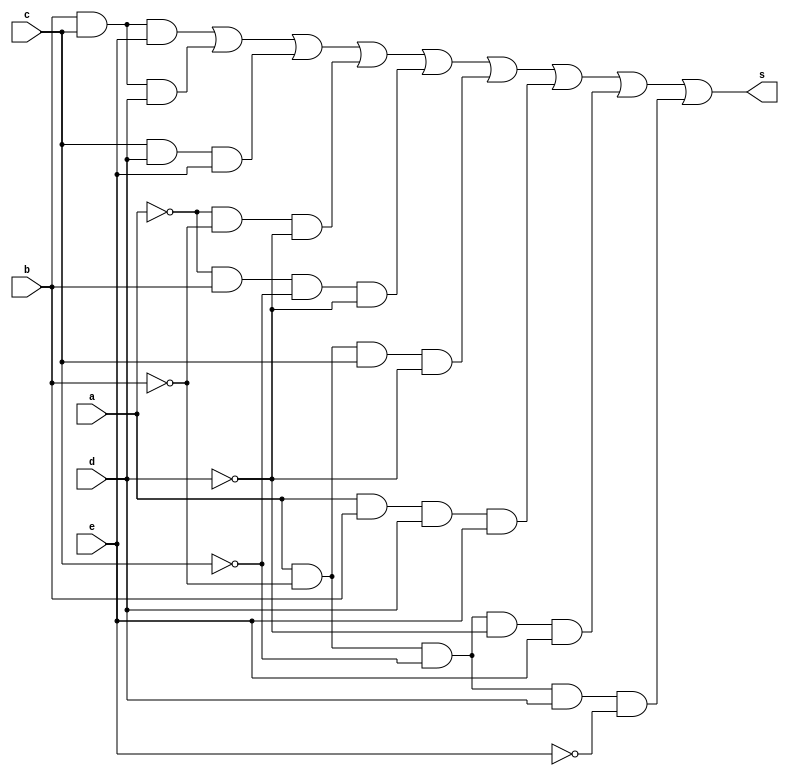
//Henrique Carvalho Parreira
//347133

module exercicio03 (s, a, b, c, d, e);

input a, b, c, d, e;
output s;

and AND1 (s1, b, c, e);
and AND2 (s2, b, c, d);
and AND3 (s3, c, d, e);
and AND4 (s4, ~a, ~b, ~d);
and AND5 (s5, ~a, b, ~c, ~d);
and AND6 (s6, a, ~b, c, ~d);
and AND7 (s7, a, b, d, e);
and AND8 (s8, a, ~b, ~c, ~d, e);
and AND9 (s9, a, ~b, ~c, d, ~e);
or OR1 (s, s1, s2, s3, s4, s5, s6, s7, s8, s9);

endmodule // end module


module testexercicio03;

reg a, b, c, d, e;
wire s;

exercicio03 EX3 (s, a, b, c, d, e);


initial begin

 $display("Henrique Carvalho Parreira - 347133");
      $display("Guia 08 Ex:03\n");

$display ("a b c d e = s\n");

#1 a=0; b=0; c=0; d=0; e=0;

$monitor ("%b %b %b %b %b = %b",a, b, c, d, e, s);


#1 a=0; b=0; c=0; d=0; e=1;
#1 a=0; b=0; c=0; d=1; e=0;
#1 a=0; b=0; c=0; d=1; e=1;
#1 a=0; b=0; c=1; d=0; e=0;
#1 a=0; b=0; c=1; d=0; e=1;
#1 a=0; b=0; c=1; d=1; e=0;
#1 a=0; b=0; c=1; d=1; e=1;
#1 a=0; b=1; c=0; d=0; e=0;
#1 a=0; b=1; c=0; d=0; e=1;
#1 a=0; b=1; c=0; d=1; e=0;
#1 a=0; b=1; c=0; d=1; e=1;
#1 a=0; b=1; c=1; d=0; e=0;
#1 a=0; b=1; c=1; d=0; e=1;
#1 a=0; b=1; c=1; d=1; e=0;
#1 a=0; b=1; c=1; d=1; e=1;
#1 a=1; b=0; c=0; d=0; e=0;
#1 a=1; b=0; c=0; d=0; e=1;
#1 a=1; b=0; c=0; d=1; e=0;
#1 a=1; b=0; c=0; d=1; e=1;
#1 a=1; b=0; c=1; d=0; e=0;
#1 a=1; b=0; c=1; d=0; e=1;
#1 a=1; b=0; c=1; d=1; e=0;
#1 a=1; b=0; c=1; d=1; e=1;
#1 a=1; b=1; c=0; d=0; e=0;
#1 a=1; b=1; c=0; d=0; e=1;
#1 a=1; b=1; c=0; d=1; e=0;
#1 a=1; b=1; c=0; d=1; e=1;
#1 a=1; b=1; c=1; d=0; e=0;
#1 a=1; b=1; c=1; d=0; e=1;
#1 a=1; b=1; c=1; d=1; e=0;
#1 a=1; b=1; c=1; d=1; e=1;




end
endmodule // end module

/*

		Henrique Carvalho Parreira
		347133

    
    a b c d e = s
    
    0 0 0 0 0 = 1
    0 0 0 0 1 = 1
    0 0 0 1 0 = 0
    0 0 0 1 1 = 0
    0 0 1 0 0 = 1
    0 0 1 0 1 = 1
    0 0 1 1 0 = 0
    0 0 1 1 1 = 1
    0 1 0 0 0 = 1
    0 1 0 0 1 = 1
    0 1 0 1 0 = 0
    0 1 0 1 1 = 0
    0 1 1 0 0 = 0
    0 1 1 0 1 = 1
    0 1 1 1 0 = 1
    0 1 1 1 1 = 1
    1 0 0 0 0 = 0
    1 0 0 0 1 = 1
    1 0 0 1 0 = 1
    1 0 0 1 1 = 0
    1 0 1 0 0 = 1
    1 0 1 0 1 = 1
    1 0 1 1 0 = 0
    1 0 1 1 1 = 1
    1 1 0 0 0 = 0
    1 1 0 0 1 = 0
    1 1 0 1 0 = 0
    1 1 0 1 1 = 1
    1 1 1 0 0 = 0
    1 1 1 0 1 = 1
    1 1 1 1 0 = 1
    1 1 1 1 1 = 1


*/